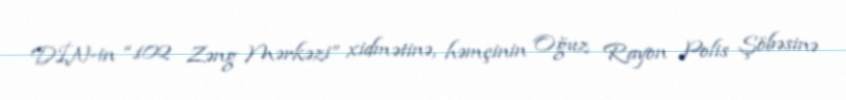
DİN-in “102 Zəng Mərkəzi” xidmətinə, həmçinin Oğuz Rayon Polis Şöbəsinə